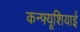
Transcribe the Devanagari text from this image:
कन्फ्यूशियाई